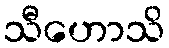
သီဟောသိ